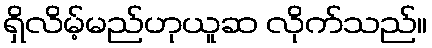
ရှိလိမ့်မည်ဟုယူဆ လိုက်သည်။